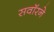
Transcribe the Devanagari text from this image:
सवॉरने